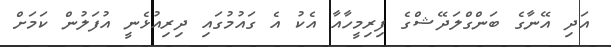
އަދި އޭނާގެ ބަންގްލަދޭޝްގެ ފިރިމީހާއާ އެކު އެ ގައުމުގައި ދިރިއުޅެނީ އުފަލުން ކަމަށް